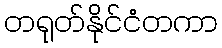
တရုတ်နိုင်ငံတကာ